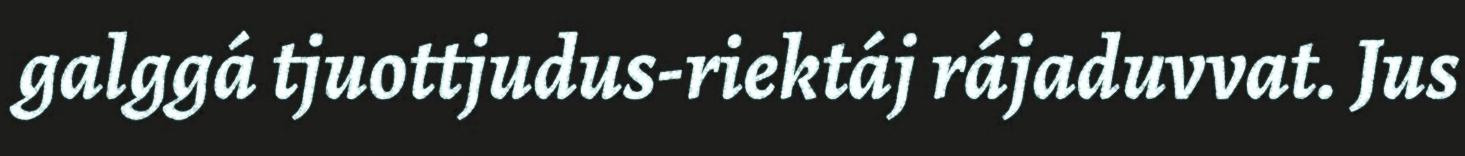
galggá tjuottjudus-riektáj rájaduvvat. Jus